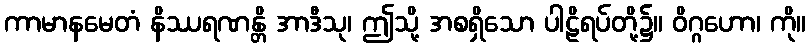
ကာမာနမေတံ နိဿရဏန္တိ အာဒီသု၊ ဤသို့ အစရှိသော ပါဠိရပ်တို့၌။ ဝိဂ္ဂဟော၊ ကို။